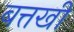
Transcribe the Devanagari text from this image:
बत्तखी